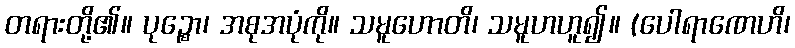
တရားတို့၏။ ပုဉ္စော၊ အစုအပုံကို။ သမူဟောတိ၊ သမူဟဟူ၍။ (ပေါရာဏေဟိ၊